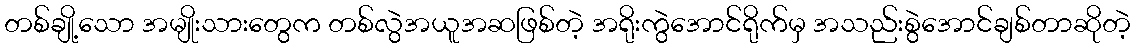
တစ်ချို့သော အမျိုးသားတွေက တစ်လွဲအယူအဆဖြစ်တဲ့ အရိုးကွဲအောင်ရိုက်မှ အသည်းစွဲအောင်ချစ်တာဆိုတဲ့